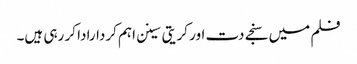
فلم میں سنجے دت اور کریتی سینن اہم کردارادا کر رہی ہیں۔